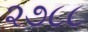
૨૭૮૮